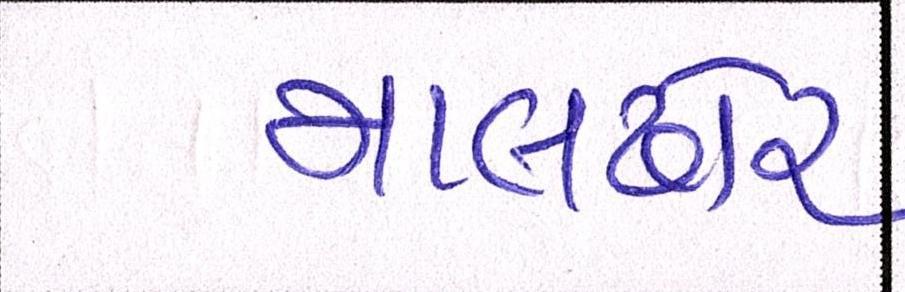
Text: માલઢોર